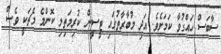
ސާބަސް ހައްގުވާ ކަމަށެވެ. އަދި މުބާރާތުގައި ޓީސީން ކުރިމަތިލި ކޮންމެ މެޗަކީ ވެސް